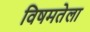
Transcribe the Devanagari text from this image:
विषमतेला